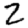
Digit: 2